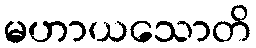
မဟာယသောတိ